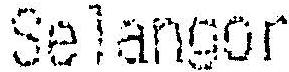
SELANGOR